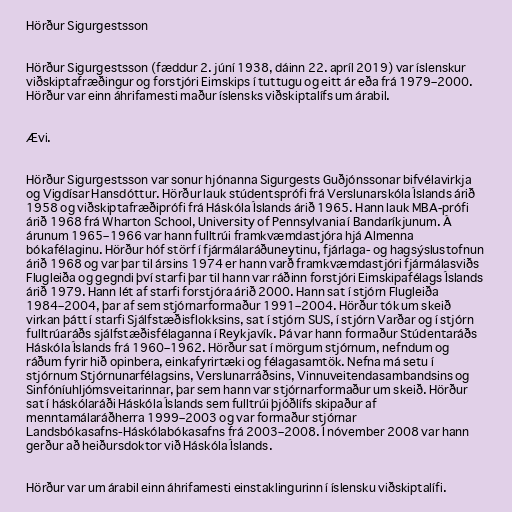
Hörður Sigurgestsson

Hörður Sigurgestsson (fæddur 2. júní 1938, dáinn 22. apríl 2019) var íslenskur
viðskiptafræðingur og forstjóri Eimskips í tuttugu og eitt ár eða frá 1979–2000.
Hörður var einn áhrifamesti maður íslensks viðskiptalífs um árabil.

Ævi.

Hörður Sigurgestsson var sonur hjónanna Sigurgests Guðjónssonar bifvélavirkja
og Vigdísar Hansdóttur. Hörður lauk stúdentsprófi frá Verslunarskóla Íslands árið
1958 og viðskiptafræðiprófi frá Háskóla Íslands árið 1965. Hann lauk MBA-prófi
árið 1968 frá Wharton School, University of Pennsylvania í Bandaríkjunum. Á
árunum 1965–1966 var hann fulltrúi framkvæmdastjóra hjá Almenna
bókafélaginu. Hörður hóf störf í fjármálaráðuneytinu, fjárlaga- og hagsýslustofnun
árið 1968 og var þar til ársins 1974 er hann varð framkvæmdastjóri fjármálasviðs
Flugleiða og gegndi því starfi þar til hann var ráðinn forstjóri Eimskipafélags Íslands
árið 1979. Hann lét af starfi forstjóra árið 2000. Hann sat í stjórn Flugleiða
1984–2004, þar af sem stjórnarformaður 1991–2004. Hörður tók um skeið
virkan þátt í starfi Sjálfstæðisflokksins, sat í stjórn SUS, í stjórn Varðar og í stjórn
fulltrúaráðs sjálfstæðisfélaganna í Reykjavík. Þá var hann formaður Stúdentaráðs
Háskóla Íslands frá 1960–1962. Hörður sat í mörgum stjórnum, nefndum og
ráðum fyrir hið opinbera, einkafyrirtæki og félagasamtök. Nefna má setu í
stjórnum Stjórnunarfélagsins, Verslunarráðsins, Vinnuveitendasambandsins og
Sinfóníuhljómsveitarinnar, þar sem hann var stjórnarformaður um skeið. Hörður
sat í háskólaráði Háskóla Íslands sem fulltrúi þjóðlífs skipaður af
menntamálaráðherra 1999–2003 og var formaður stjórnar
Landsbókasafns-Háskólabókasafns frá 2003–2008. Í nóvember 2008 var hann
gerður að heiðursdoktor við Háskóla Íslands.

Hörður var um árabil einn áhrifamesti einstaklingurinn í íslensku viðskiptalífi.